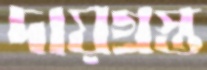
দায়গ্রস্ত